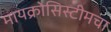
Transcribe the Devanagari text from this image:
मायक्रोसिस्टीमचा